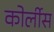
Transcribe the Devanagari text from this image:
कोर्लीस